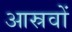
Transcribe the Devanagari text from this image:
आस्रवों